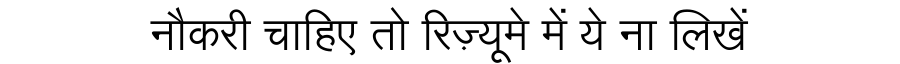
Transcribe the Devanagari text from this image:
नौकरी चाहिए तो रिज़्यूमे में ये ना लिखें